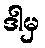
ဒါမှ